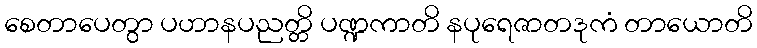
စေတာပေတွာ ပဟာနပညတ္တိ ပဏ္ဍကာတိ နပုရေဇာတဒုကံ တာယောတိ